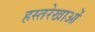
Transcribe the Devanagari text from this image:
हस्तरेखाओं